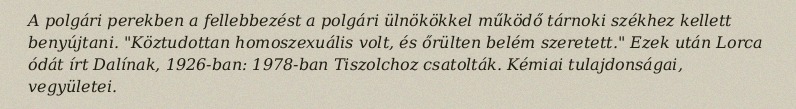
A polgári perekben a fellebbezést a polgári ülnökökkel működő tárnoki székhez kellett benyújtani. "Köztudottan homoszexuális volt, és őrülten belém szeretett." Ezek után Lorca ódát írt Dalínak, 1926-ban: 1978-ban Tiszolchoz csatolták. Kémiai tulajdonságai, vegyületei.